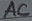
Text: AC